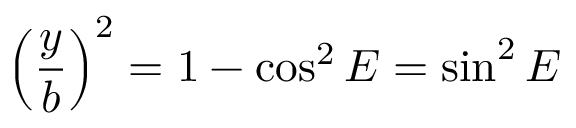
\left( { \frac { y } { b } } \right) ^ { 2 } = 1 - \cos ^ { 2 } E = \sin ^ { 2 } E